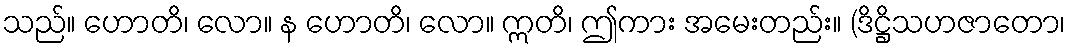
သည်။ ဟောတိ၊ လော။ န ဟောတိ၊ လော။ ဣတိ၊ ဤကား အမေးတည်း။ (ဒိဋ္ဌိသဟဇာတော၊